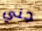
جني